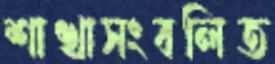
শাখাসংবলিত